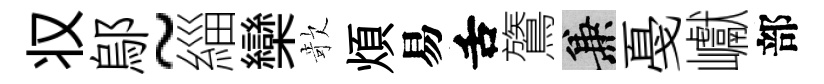
𠬧鄔~緇欒欹煩易舌鷟兼戞巘部